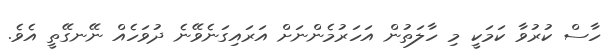
ހާސް ކުރުވާ ކަމަކީ މި ހާލަތުން އަހަރުމެންނަށް އަރައިގަނެވޭނެ ދުވަހެއް ނޭނގޭތީ އެވެ.